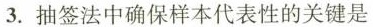
3.抽签法中确保样本代表性的关键是 ()